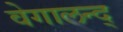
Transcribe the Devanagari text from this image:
वेगालन्द्